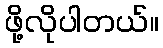
ဖို့လိုပါတယ်။